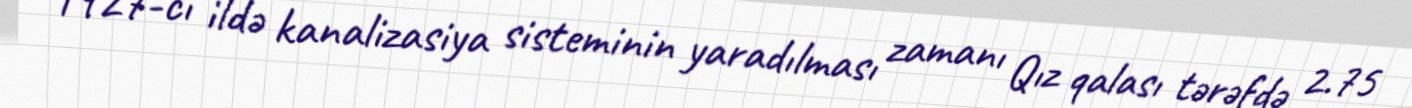
1927-ci ildə kanalizasiya sisteminin yaradılması zamanı Qız qalası tərəfdə 2.75